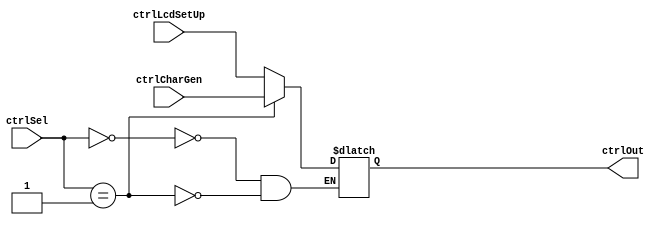
`timescale 1ns / 1ps
//////////////////////////////////////////////////////////////////////////////////
// Company: 
// Engineer: 
// 
// Design Name: 
// Module Name: masterThesis
// Project Name: 
// Target Devices: 
// Tool Versions: 
// Description: 
// 
// Dependencies: 
// 
// Revision:
// Revision 0.01 - File Created
// Additional Comments:
// 
//////////////////////////////////////////////////////////////////////////////////


module ctrlMux( ctrlLcdSetUp, ctrlCharGen, ctrlSel, ctrlOut);
    input [ 2:0 ] ctrlLcdSetUp, ctrlCharGen;
    input [ 1:0 ] ctrlSel;
    
    output reg [ 2:0 ] ctrlOut;
    
    always @ ( ctrlLcdSetUp or ctrlCharGen or ctrlSel ) begin
        case ( ctrlSel )
            0: ctrlOut <= ctrlLcdSetUp;
            1: ctrlOut <= ctrlCharGen;
        endcase
    end
endmodule